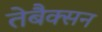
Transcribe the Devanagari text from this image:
तेबैक्सन